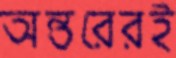
অন্তরেরই